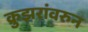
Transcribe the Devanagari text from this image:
क्रुझरांवरुन